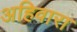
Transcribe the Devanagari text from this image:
अहिवारा